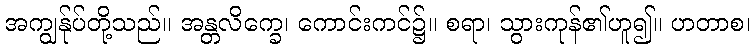
အကျွန်ုပ်တို့သည်။ အန္တလိက္ခေ၊ ကောင်းကင်၌။ စရာ၊ သွားကုန်၏ဟူ၍။ ဟတာစ၊